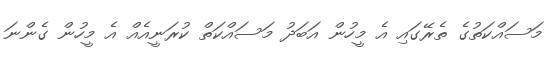
މަސައްކަތުގެ ތެރޭގައި އެ މީހުން އަބަދު މަސައްކަތް ކުރަނީއެއް އެ މީހުން ގެންނަ